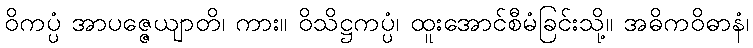
ဝိကပ္ပံ အာပဇ္ဇေယျာတိ၊ ကား။ ဝိသိဋ္ဌကပ္ပံ၊ ထူးအောင်စီမံခြင်းသို့။ အဓိကဝိဓာနံ၊